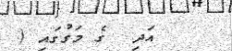
އަދި  ގެ މަގުގައި (